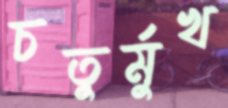
চতুর্মুখ